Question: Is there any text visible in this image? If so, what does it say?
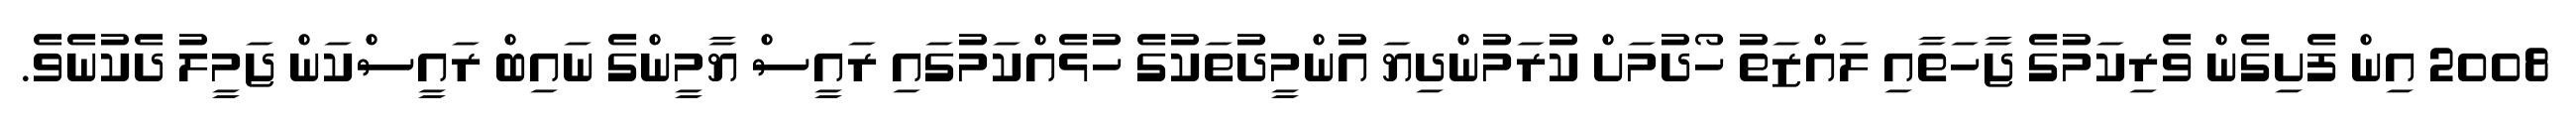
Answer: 2008 އިން ފެށިގެން ވެރިކަމުގެ ޖާހަތާއި ލައްޒަތު ހޯދުމަށް ކުރަމުންދިޔަ އުންމީދުތަކުގެ ހުޅެއްކަމުގައި ރައީސް ޔާމީންގެ ނައިބް ރައީސްކަން ޖަމީލު ދެކުނެވެ.